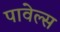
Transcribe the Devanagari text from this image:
पावेल्स